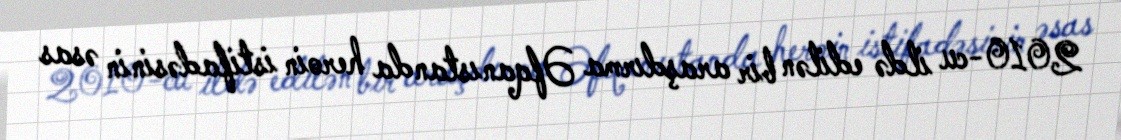
2010-cu ildə edilən bir araşdırma Əfqanıstanda heroin istifadəsinin əsas